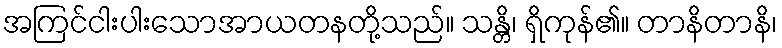
အကြင်ငါးပါးသောအာယတနတို့သည်။ သန္တိ၊ ရှိကုန်၏။ တာနိတာနိ၊